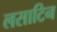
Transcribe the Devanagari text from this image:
लसाटिन